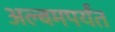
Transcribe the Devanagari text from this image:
अल्बमपर्यंत